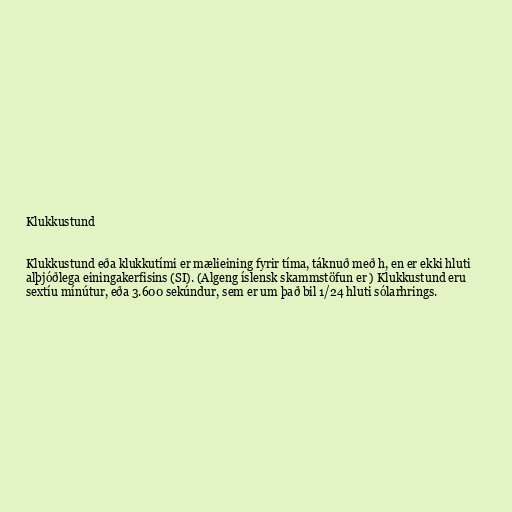
Klukkustund

Klukkustund eða klukkutími er mælieining fyrir tíma, táknuð með h, en er ekki hluti
alþjóðlega einingakerfisins (SI). (Algeng íslensk skammstöfun er ) Klukkustund eru
sextíu mínútur, eða 3.600 sekúndur, sem er um það bil 1/24 hluti sólarhrings.